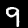
Label: 9